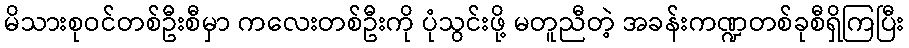
မိသားစုဝင်တစ်ဦးစီမှာ ကလေးတစ်ဦးကို ပုံသွင်းဖို့ မတူညီတဲ့ အခန်းကဏ္ဍတစ်ခုစီရှိကြပြီး